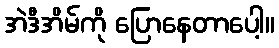
အဲဒီအိမ်ကို ပြောနေတာပေါ့။